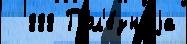
  888 Пол'е́знаjа